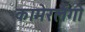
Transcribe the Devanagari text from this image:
कामेरर्लेंगो